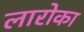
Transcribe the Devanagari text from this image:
लारोका